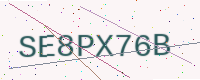
Text: SE8PX76B